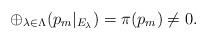
LaTeX: \begin{align*}\oplus_{\lambda\in \Lambda}(p_m|_{E_\lambda})=\pi(p_m)\neq 0.\end{align*}